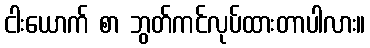
ငါးယောက် စာ ဘွတ်ကင်လုပ်ထားတာပါလား။